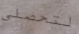
لتحصلي